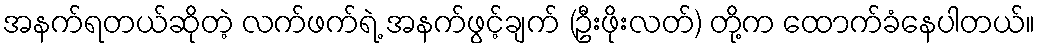
အနက်ရတယ်ဆိုတဲ့ လက်ဖက်ရဲ့ အနက်ဖွင့်ချက် (ဦးဖိုးလတ်) တို့က ထောက်ခံနေပါတယ်။